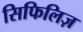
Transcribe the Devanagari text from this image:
सिफिलिज़